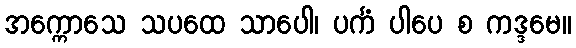
အက္ကောသေ သပထေ သာပေါ၊ ပင်္ကံ ပါပေ စ ကဒ္ဒမေ။